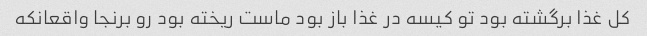
کل غذا برگشته بود تو کیسه در غذا باز بود ماست ریخته بود رو برنجا واقعانکه